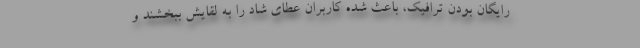
رایگان بودن ترافیک، باعث شده کاربران عطای شاد را به لقایش ببخشند و